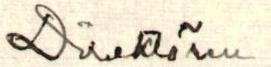
Direktören